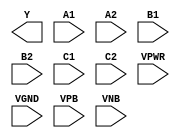
/**
 * Copyright 2020 The SkyWater PDK Authors
 *
 * Licensed under the Apache License, Version 2.0 (the "License");
 * you may not use this file except in compliance with the License.
 * You may obtain a copy of the License at
 *
 *     https://www.apache.org/licenses/LICENSE-2.0
 *
 * Unless required by applicable law or agreed to in writing, software
 * distributed under the License is distributed on an "AS IS" BASIS,
 * WITHOUT WARRANTIES OR CONDITIONS OF ANY KIND, either express or implied.
 * See the License for the specific language governing permissions and
 * limitations under the License.
 *
 * SPDX-License-Identifier: Apache-2.0
 */

`ifndef SKY130_FD_SC_HD__A222OI_PP_BLACKBOX_V
`define SKY130_FD_SC_HD__A222OI_PP_BLACKBOX_V

/**
 * a222oi: 2-input AND into all inputs of 3-input NOR.
 *
 *         Y = !((A1 & A2) | (B1 & B2) | (C1 & C2))
 *
 * Verilog stub definition (black box with power pins).
 *
 * WARNING: This file is autogenerated, do not modify directly!
 */

`timescale 1ns / 1ps
`default_nettype none

(* blackbox *)
module sky130_fd_sc_hd__a222oi (
    Y   ,
    A1  ,
    A2  ,
    B1  ,
    B2  ,
    C1  ,
    C2  ,
    VPWR,
    VGND,
    VPB ,
    VNB
);

    output Y   ;
    input  A1  ;
    input  A2  ;
    input  B1  ;
    input  B2  ;
    input  C1  ;
    input  C2  ;
    input  VPWR;
    input  VGND;
    input  VPB ;
    input  VNB ;
endmodule

`default_nettype wire
`endif  // SKY130_FD_SC_HD__A222OI_PP_BLACKBOX_V